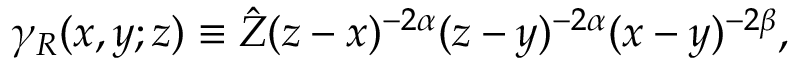
\gamma _ { R } ( x , y ; z ) \equiv \hat { Z } ( z - x ) ^ { - 2 \alpha } ( z - y ) ^ { - 2 \alpha } ( x - y ) ^ { - 2 \beta } ,